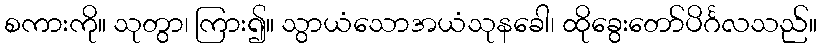
စကားကို။ သုတွာ၊ ကြား၍။ သွာယံသောအယံသုနခေါ၊ ထိုခွေးတော်ပိင်္ဂလသည်။